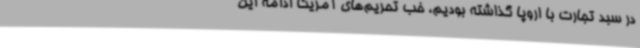
در سبد تجارت با اروپا گذاشته بودیم، خب تحریم‌های آمریکا ادامه این